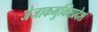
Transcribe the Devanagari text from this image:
जेजाकभुक्तिप्रदेश